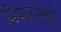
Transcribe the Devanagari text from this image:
निकटतेमुळे